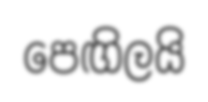
පෙඟිලයි